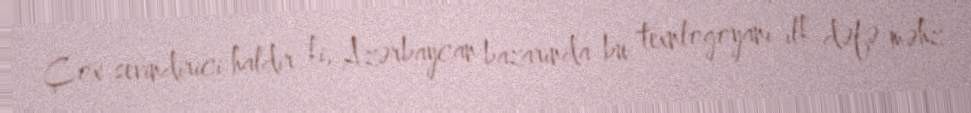
Çox sevindirici haldır ki, Azərbaycan bazarında bu texnlogoyanı ilk dəfə məhz